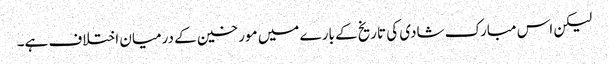
لیکن اس مبارک شادی کی تاریخ کے بارے میں مورخین کے درمیان اختلاف ہے۔